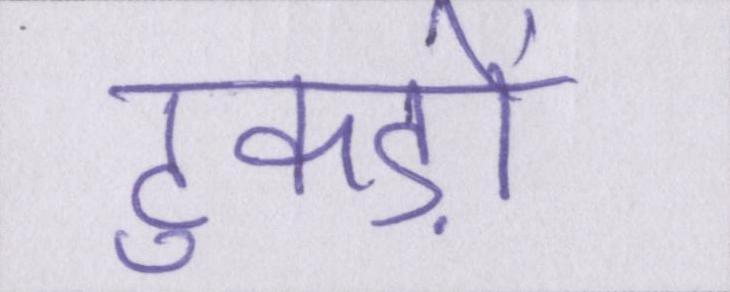
टुकड़ों